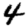
Digit: 4